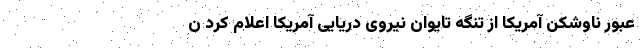
عبور ناوشکن آمریکا از تنگه تایوان نیروی دریایی آمریکا اعلام کرد ن